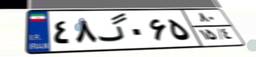
۴۷گ۹۳۲۷۸